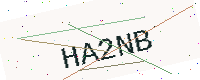
Text: HA2NB